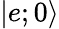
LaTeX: |e;0\rangle